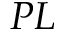
P L